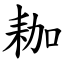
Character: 耞